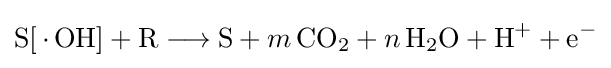
{\mathrm {S} [\,{\cdot }\,\mathrm {OH} ]{}+{}\mathrm {R} {}\mathrel {\longrightarrow } {}\mathrm {S} {}+{}m\,\mathrm {CO} {\vphantom {A}}_{\smash[{t}]{2}}{}+{}n\,\mathrm {H} {\vphantom {A}}_{\smash[{t}]{2}}\mathrm {O} {}+{}\mathrm {H} {\vphantom {A}}^{+}{}+{}\mathrm {e} {\vphantom {A}}^{-}}